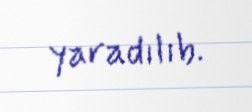
yaradılıb.